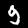
Label: 9